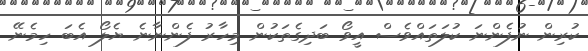
ކުރިން ނުފެންނަ ކުލަތައްވެސް އީވޯ ބަދިގެތަކުން މިހާރު ފެންނާނެ ޔެލޯ އެބަ ހިމެނޭ